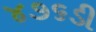
૪૭૬ડી